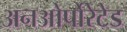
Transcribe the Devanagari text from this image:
अनओर्पोरेटेड